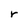
Character: r